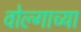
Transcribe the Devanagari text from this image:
वोल्गाच्या